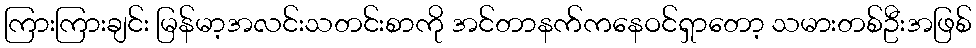
ကြားကြားချင်း မြန်မာ့အလင်းသတင်းစာကို အင်တာနက်ကနေဝင်ရှာတော့ သမားတစ်ဦးအဖြစ်